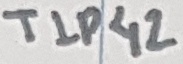
Text: TIP42